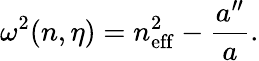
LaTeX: \omega^{2}(n,\eta)=n_{\mathrm{eff}}^{2}-\frac{a^{\prime\prime}}{a}.